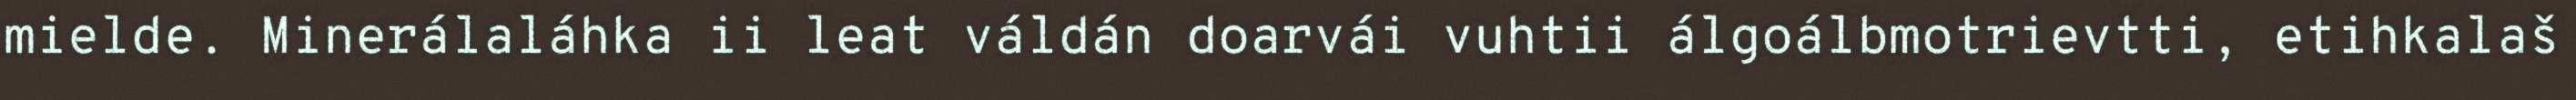
mielde. Minerálaláhka ii leat váldán doarvái vuhtii álgoálbmotrievtti, etihkalaš